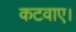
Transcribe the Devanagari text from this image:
कटवाए।